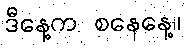
ဒီနေ့က စနေနေ့။